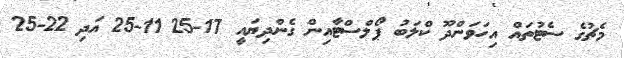
މެޗުގެ ސެޓުތައް އިހަވަންދޫ ކްލަބު ޕޯލްސްޓާއިން ގެންދިޔައީ 17-25 11-25 އަދި 22-25